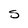
Character: 5